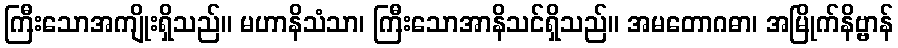
ကြီးသောအကျိုးရှိသည်။ မဟာနိသံသာ၊ ကြီးသောအာနိသင်ရှိသည်။ အမတောဂဓာ၊ အမြိုက်နိဗ္ဗာန်